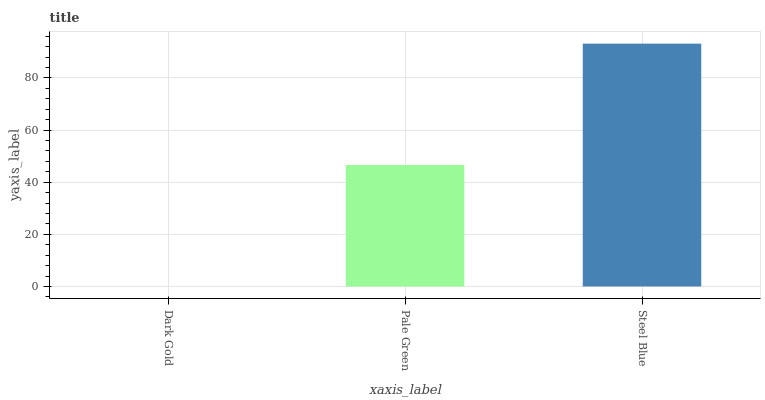
| xaxis_label | bars |
 | --- | --- |
 | Dark Gold | 0 |
 | Pale Green | 46.6 |
 | Steel Blue | 93.2 |